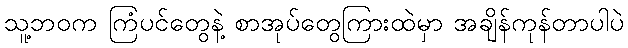
သူ့ဘဝက ကြံပင်တွေနဲ့ စာအုပ်တွေကြားထဲမှာ အချိန်ကုန်တာပါပဲ